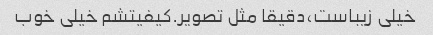
خیلی زیباست،دقیقا مثل تصویر.کیفیتشم خیلی خوب